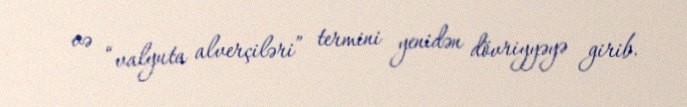
və “valyuta alverçiləri” termini yenidən dövriyyəyə girib.